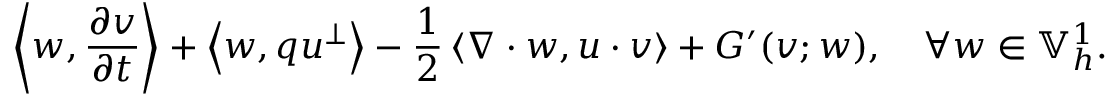
\left\langle w , \frac { \partial v } { \partial t } \right\rangle + \left\langle w , q u ^ { \perp } \right\rangle - \frac { 1 } { 2 } \left\langle \nabla \cdot w , u \cdot v \right\rangle + G ^ { \prime } ( v ; w ) , \quad \forall w \in \mathbb { V } _ { h } ^ { 1 } .